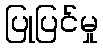
ပြုပြင်မှု